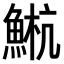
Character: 𫙤